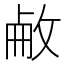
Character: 𢽋